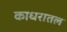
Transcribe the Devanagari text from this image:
काधरातल